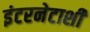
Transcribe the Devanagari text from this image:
इंटरनेटाशी